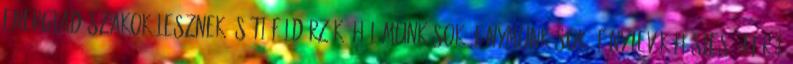
energiadőszakok lesznek és Ti Földőrzők, Hálómunkások, Fénymunkások Fénytevők hősies úttörői